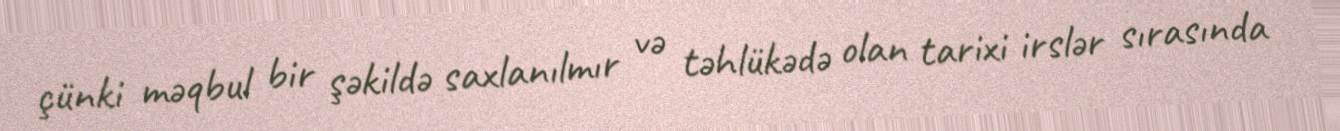
çünki məqbul bir şəkildə saxlanılmır və təhlükədə olan tarixi irslər sırasında